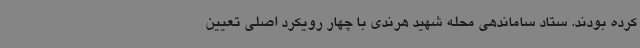
کرده بودند. ستاد ساماندهی محله شهید هرندی با چهار رویکرد اصلی تعیین